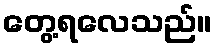
တွေ့ရလေသည်။